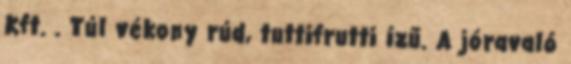
Kft. . Túl vékony rúd, tuttifrutti ízű. A jóravaló